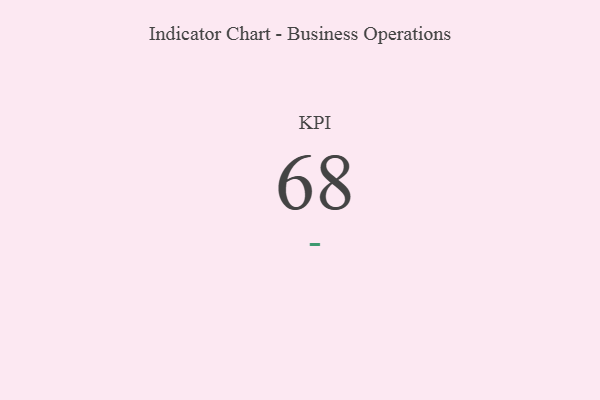
{"axis": {"x": "KPI", "y": "Value"}, "legend": [""], "data": [{"x": "KPI", "y": 68, "type": ""}]}